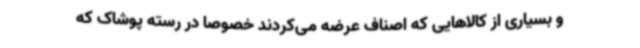
و بسیاری از کالاهایی که اصناف عرضه می‌کردند خصوصا در رسته پوشاک که